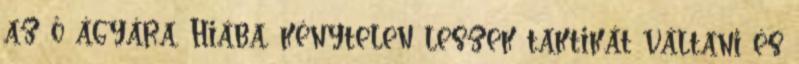
az ő ágyára. Hiába, kénytelen leszek taktikát váltani és